Newspaper: Daily Ohio statesman. [volume]
Place of publication: Columbus, Ohio
Publisher: S. Medary
Date: 1865-05-02 00:00:00
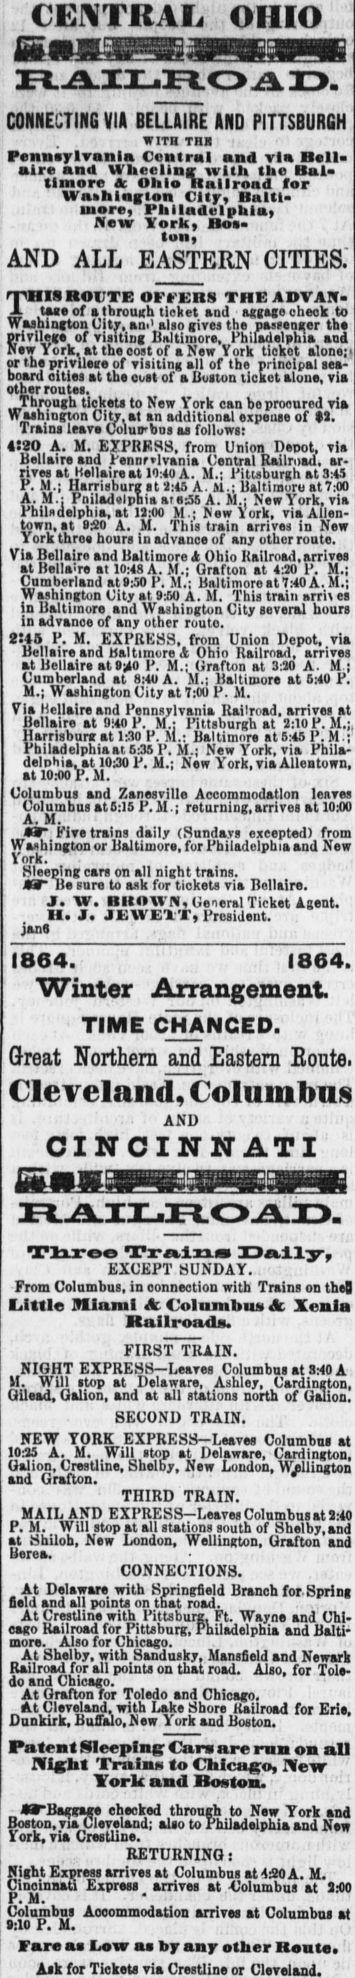
Advertisement text (OCR):
CENTRAL OHIO RAILROAD. COHHECTinS VIA BELUIRE AND PITTSBURGH WITH TBI Pennarlranla Central and via Bell aire and Wheelinsr with the Bal timore c Ohio llallroad for Waahlagton Citjr, Balti more, Philadelphia, Mew York, Boa ton, AND ALL EASTERN CITIES. THIS ROUTE OFFERS THE ADVAN taae of a through ticket and ' aggage check to n uningion uity, am also gives tne passenger tne Rrivilege of visiting Bnltimore, Philadelphia and ew York, at the oost of a New York tickot alone; or tha privileae of visiting all of the principal sea board cities at tha oust of a Boston ticket alone, via other routes. Through tickets to New York can be procured via Washington City, at an additional expeuse of tl. Trains leave Colucbos as follows: 4120 A. M. EXPRESS, from Union Denot, via Bellaire and Pennrlvania Central Railroad, ar rives at Kellaireatl4:oA. M.; Pittsburgh at S:4S P. M.j Harrisburg at x:4S A. 11.; Baltimore at 7:00 A. M.: PniladelpbiaatsS A. M.; New York, via Philadelphia, at 11:00 M.; New York, via Allen town, at 9S0 A. M. This train arrives in New York three hours in advance of any othor route. Via Bellaire and Baltimore A Ohio Railroad, arrives at Bellaire at 10:48 A. M.; Grafton at 4:20 P. M.; Cumberland at:30 F. M.; Bnltimore at 7:40 A.M.; Washington City at 9-M A. M. This train arm es in Baltimore and Washington City several hours in advance of any other routo. 2H5 P. M. EXPRESS, from Union Depot, via Bellaire and Baltimore A Ohio Railroad, arrives at Bellaire at 0 P. M.; Urafton at 3:10 A. M j Cumberland at 8:40 A. M.; Baltimore at 6:40 P. M.; Washington City at 7:00 P. M. Via Kellaire and Pennsylvania Railroad, arrives at Bellaire at 9140 P. M.; Pittsburgh at 1:10 P. M.;. Harrisbunr at 1:30 P. M.: Baltimore at 8:46 P.M.; Philadelphia at 6:36 P.M.; New York, via Phila delphia, at 1030 P. M.j New York, via AUea town, at 100 P.M. Columbus and Zanesvilla Accommodation leaves Columbus at 6:15 P.M.; returning, arrives at 10.-00 a. n. a" Five trains daily (Sundays excepted) from Washington or Baltimore, for Philadelphia and New York. Sleeping cars on all night trains. - lie sura to ask for tiokets via Bellaire. J. W. RKOWN, General Ticket Agent. si. j, jt,HLi i rrosiuent. janS 1864. Winter Arrangement. TIME CHANGED. Great Northern and Eastern Route. Cleveland, Columbus AND CINCINNATI CINCINNATI RAILROAD. Tlireo Tralzia X3 caller, EXCEPT SUNDAY. From Columbus, in connection with Trains on the! Little Miami A Columbus 4c XenJa - Railroad. FIRST TRAIN. NIGHT EXPRESS-Leaves Columbus at SAO A H. Will stop at Delaware, Ashley, Cardington, Qilead, Oalion, and at all stations north of Gallon. SECOND TRAIN. NEW YORK EXPRESS Leaves Columbus at 10:26 A. M. Will stop at Delaware, Cardington, Galion, Crestline, Shelby, New London, Wllington and Grafton. THIRD TRAIN. MAIL AND EXPRESS Leaves Columbns at 1:40 P. M. Will stop at all stations south of Shelby.and at Shiloh, New London, Wellington, Grafton and Uerea, CONNECTIONS. At Delaware with Hpringfield Branch for Spring field and all points on that road. At Crestline with Pittsburg, Ft. Wayne and Chi cago Railroad for Pittsburg, Philadelphia and Balti more. Also for Chicago. At Shelby, with Sandusky, Mansfield and Newark Railroad for all points on that road. Also, for Tole do and Chicago. At Grafton for Toledo and Chicago. At Cleveland, with Lake Shore Railroad for Erie, Dunkirk, Bufialo.New York and Boston. Patent Sleeping Can are run on all Night Trains to Chicago, New - York and Boston. WBaeirsjre checked through to New York and Boston, via Cleveland; also to Philadelphia and New York, via Crestline. RETURNING t Night Express arrives at Columbns at 450 A. M. Cincinnati Express arrives at -Columbus at IKK) P. M. Columbus Accommodation arrives at Columbus at 1:10 P. M. Faro as Low as hj any other Route. ' Ask for Tickets via Crestline or Cleveland. '
Label: illustrations